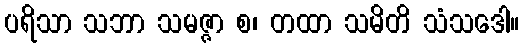
ပရိသာ သဘာ သမဇ္ဇာ စ၊ တထာ သမိတိ သံသဒေါ။